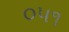
૦૫૧